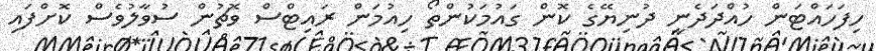
ހިފަހައްޓަން ހުއްދަދެނީ ދުނިޔޭގެ ކޮން ގައުމަކުންތޯ ހިއުމަން ރައިޓްސް ވޮޗުން ސުވާލުވެސް ކޮށްފައި